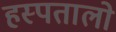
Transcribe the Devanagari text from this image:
हस्पतालो